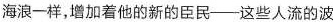
海浪一样，增加着他的新的臣民-这些人流的波